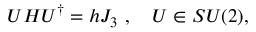
U H U ^ { \dagger } = h J _ { 3 } \ , \quad U \in S U ( 2 ) ,